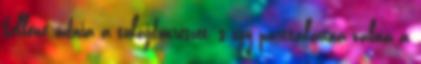
kellene adnia a tulajdonrészét, s így parttalanná válna a